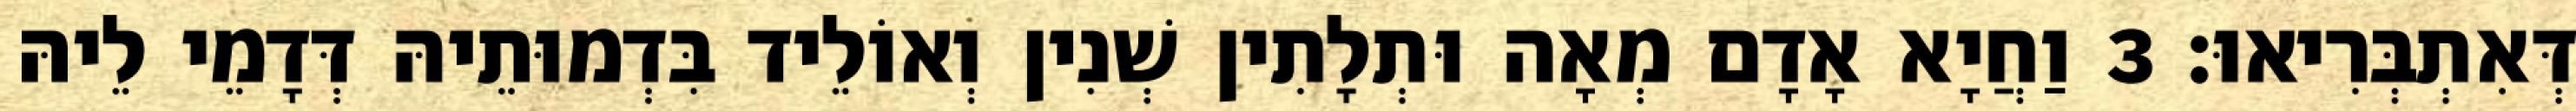
דְּאִתְבְּרִיאוּ׃ 3 וַחֲיָא אָדָם מְאָה וּתְלָתִין שְׁנִין וְאוֹלֵיד בִּדְמוּתֵיהּ דְּדָמֵי לֵיהּ